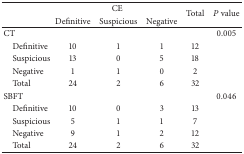
|  | <COLSPAN=3> CE | <ROWSPAN=2> Total | <ROWSPAN=2> P value |
 |  | Definitive | Suspicious | Negative |
 | --- | --- | --- | --- | --- | --- |
 | CT |  |  |  |  | 0.005 |
 | Definitive | 10 | 1 | 1 | 12 |  |
 | Suspicious | 13 | 0 | 5 | 18 |  |
 | Negative | 1 | 1 | 0 | 2 |  |
 | Total | 24 | 2 | 6 | 32 |  |
 | SBFT |  |  |  |  | 0.046 |
 | Definitive | 10 | 0 | 3 | 13 |  |
 | Suspicious | 5 | 1 | 1 | 7 |  |
 | Negative | 9 | 1 | 2 | 12 |  |
 | Total | 24 | 2 | 6 | 32 |  |